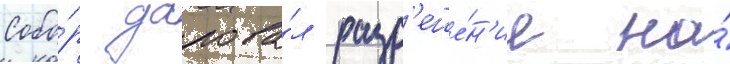
Собо́р дарова́л разр'еше́н'ие на́